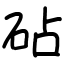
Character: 砧